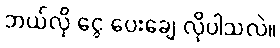
ဘယ်လို ငွေ ပေးချေ လိုပါသလဲ။